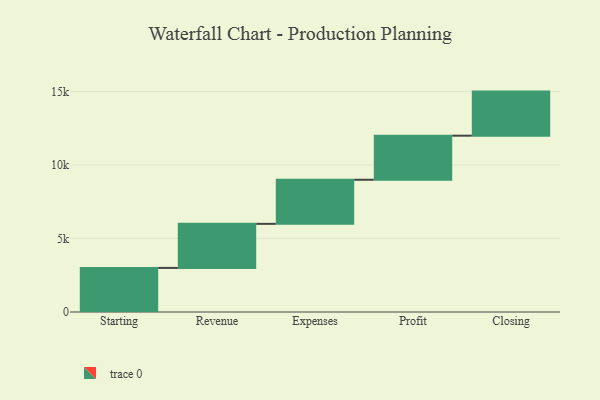
{"axis": {"x": "Step", "y": "Value"}, "legend": [""], "data": [{"x": "Starting", "y": 3000, "type": ""}, {"x": "Revenue", "y": 3000, "type": ""}, {"x": "Expenses", "y": 3000, "type": ""}, {"x": "Profit", "y": 3000, "type": ""}, {"x": "Closing", "y": 3000, "type": ""}]}